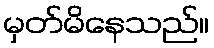
မှတ်မိနေသည်။